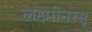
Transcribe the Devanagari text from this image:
लक्ष्मीनरसू